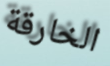
الخارقة